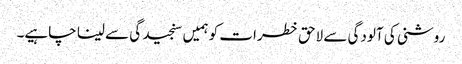
روشنی کی آلودگی سے لاحق خطرات کو ہمیں سنجید گی سے لینا چاہیے۔